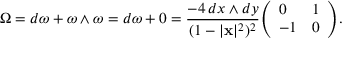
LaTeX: \Omega = d \omega + \omega \wedge \omega = d \omega + 0 = { \frac { - 4 \, d x \wedge d y } { ( 1 - | \mathbf { x } | ^ { 2 } ) ^ { 2 } } } { \left( \begin{array} { l l } { 0 } & { 1 } \\ { - 1 } & { 0 } \end{array} \right) } .